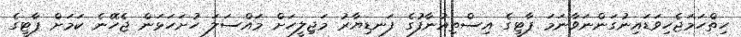
ހިތްހަމަޖެހިވަޑައިނުގަންނަވާނަމަ ޕާޓީގެ އިސްތިއުނާފުގެ ފަނޑިޔާރު މަޖިލީހަށް މައްސަލަ ހުށަހަޅަން ޖެހޭނެ ކަމަށް ޕާޓީގެ